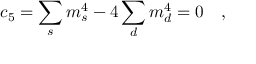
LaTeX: c _ { 5 } = \sum _ { s } m _ { s } ^ { 4 } - 4 \sum _ { d } m _ { d } ^ { 4 } = 0 ~ ~ ~ ,